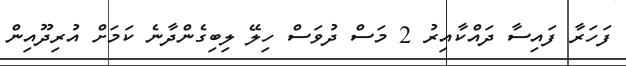
ފަހަރާ ފައިސާ ދައްކާއިރު 2 މަސް ދުވަސް ހިލޭ ލިބިގެންދާނެ ކަމަށް އުރިދޫއިން